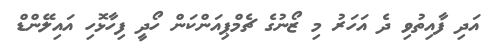
އަދި ފާއިތުވި ދެ އަހަރު މި ޒޯނުގެ ޗެމްޕިއަންކަން ހޯދީ ފިހާޅޮހި އައިލޭންޑް